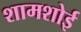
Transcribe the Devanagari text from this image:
शामशोई